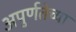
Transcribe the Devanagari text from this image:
अपुर्णतेच्या